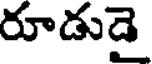
రూడుడై